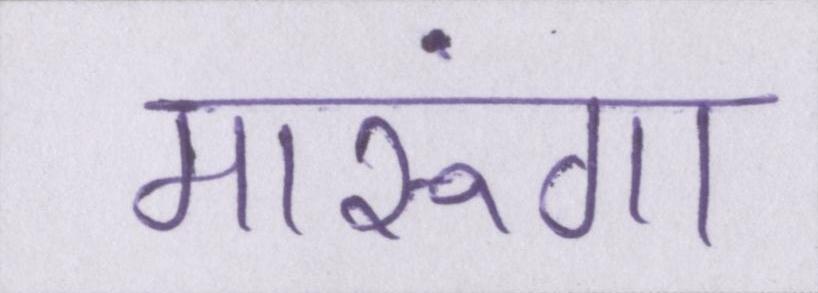
मारूंगा